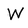
Character: W